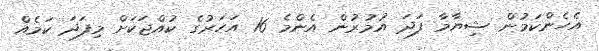
އެހެންކަމުން ޝިޔާމާ ފަދަ އުމުރުން އެންމެ 16 އަހަރުގެ ކުއްޖަކަށް މިފަދަ ކަމެއް